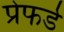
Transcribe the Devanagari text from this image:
प्रेफर्ड